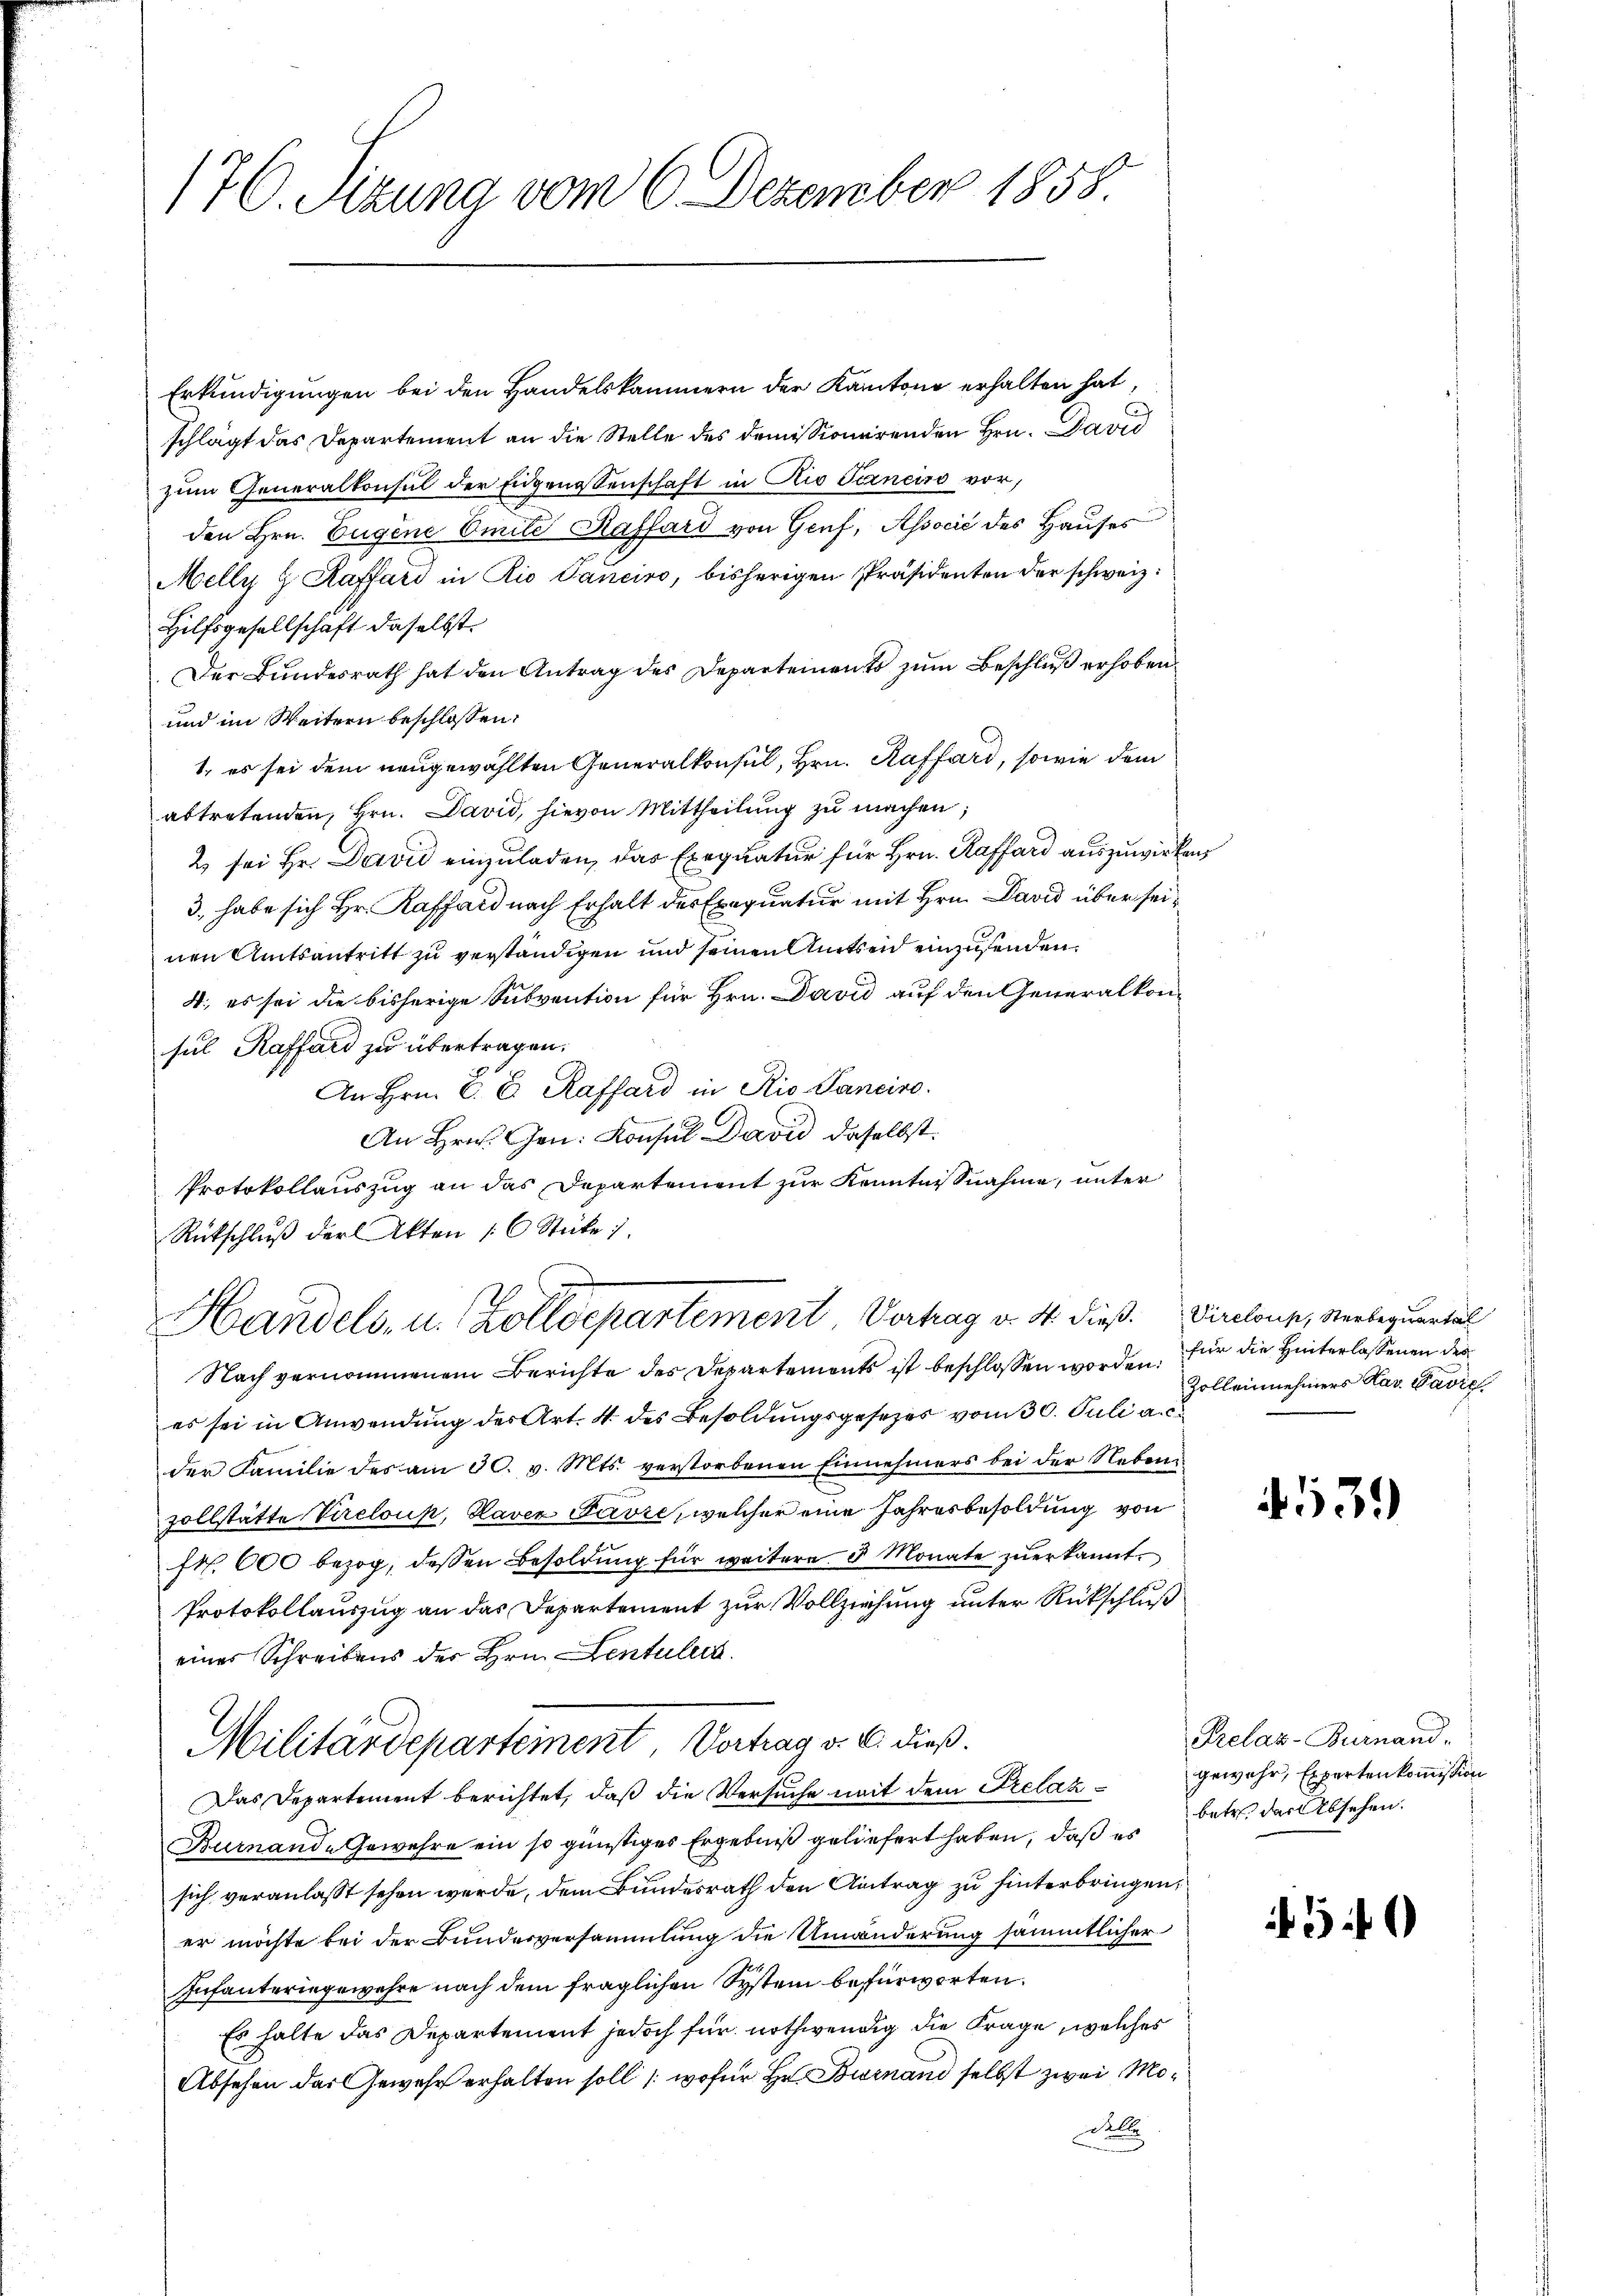
176. Sizung vom 6. Dezember 1858

Erkundigungen bei den Handelskammern der Kantone erhalten hat,
schlägt das Departement an die Stelle des domissionirenden Hrn. David
zum Generalkonsul der Eidgenossenschaft in Rio Terneiro vor,
den Hrn. Eugene Emile Kaffari von Genf, Associé des Hauses
elly u. Kaffard in Rio Sanciro, bisherigen Präsidenten der schweiz.
Hilfsgesellschaft daselbst.
Der Bundesrath hat den Antrag des Departements zum Beschluß erhoben.
und im Weitern beschlossen:
1. es sei dem neugewählten Generalkonsul, Hrn. Raffard, sowie dem
abtretenden, Hrn. David, hievon Mittheilung zu machen;
2 sei Hr. David einzuladen, das Exequatur für Hrn. Raffard auszuwirken
3., habe sich Hr. Raffard nach Erhalt des Exequatur mit Hrn. David über seinen Amtsantritt zu verständigen und seinen Amtsen einzusenden.
4; es sei die bisherige Subvention für Hrn. David auf den Generalkonsul Raffard zu übertragen.
An Hrn. C. E. Raffard in Rio-Panciro.
An Hrn. Gen. Konsul David daselbst.
Protokollauszug an das Departement zur Kenntnisnahme, unter
Rütschlŭβ der Akten /: 6 Stüke 1.
Handels, u. Zolldepartement, Verhag v. 4. dieß. Direlous, verleguentel
Nach vernommenem Berichte des Departements ist beschlossen worden. Für die Hinterlassenen des
es sei in Anwendung des Art. 4 des Besoldungsgesetzes vom 30. Juli a. c
der Familie des am 30. v. Mts. verstorbenen Einnehmers bei der Neben¬
Zollstätte Vereloup, Laver Favre, welcher eine Jahresbesoldung von
fr. 600 bezog, dessen Besoldung für weitere 5 Monate zuerkannt.
Protokollauszug an das Departement zur Vollziehung unter Rückschluß
eines Schreibens der Hrn. Lentuler
Militärdepartement Vortrag v. 6. dieß.
Das Departement berichtet, daß die Versuche mit dem Prelaz gewahr, Expertenkommission
Burnaud-Gewehre ein so günstiges Ergebniß geliefert haben, daß es
sich veranlaßt sehen werde, dem Bundesrath den Antrag zu hinterbringen,
er möchte bei der Bundesversammlung die Umänderung sämmtlicher
Infanteringewehre nach dem fraglichen System befürworten.
Es halte das Departement jedoch für nothwendig die Frage, welches
Absehen das Gewehr erhalten soll /: wofür Hr. Burnand selbst zwei Mo¬
Dell

Zolleinehmers Kav. Pavie

4539

Prelaz-Burnand.
betr. das absehen.

540